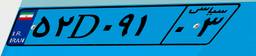
۶۸D۳۳۷۰۲